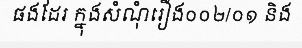
ផងដែរ ក្នុងសំណុំរឿង០០២/០១ និង